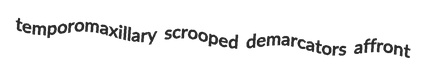
temporomaxillary scrooped demarcators affront